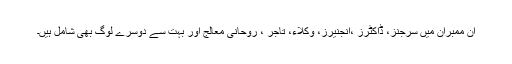
ان ممبران میں سرجنز، ڈاکٹرز ،انجنیرز، وکلاء، تاجر ، روحانی معالج اور بہت سے دوسرے لوگ بھی شامل ہیں۔